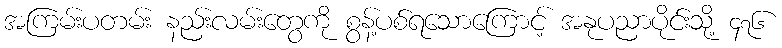
အကြမ်းပတမ်း နည်းလမ်းတွေကို စွန့်ပစ်ရသောကြောင့် အနုပညာပိုင်းသို့ ၄၇၆